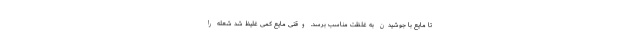
تا مایع با جوشیدن به غلظت مناسب برسد. وقتی مایع کمی غلیظ شد شعله را